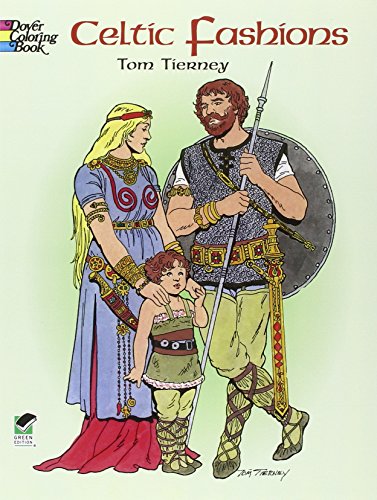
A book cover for Celtic Fashions (Dover Fashion Coloring Book); Tom Tierney; Crafts, Hobbies & Home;